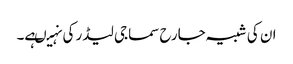
ان کی شبیہ جارح سماجی لیڈر کی نہیںہے۔